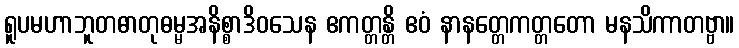
ရူပမဟာဘူတဓာတုဓမ္မအနိစ္စာဒိဝသေန ဧကတ္တန္တိ ဧဝံ နာနတ္တေကတ္တတော မနသိကာတဗ္ဗာ။